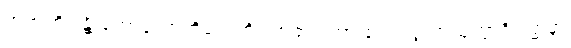
အဗာဟိရန္တိ ကောသောဟိတေတိ သာဓာရဏာ ဧကပုတ္တကသုတ္တာဒိဝဏ္ဏနာ